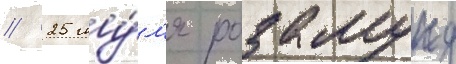
// 25 иу́л'я розамунд